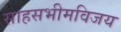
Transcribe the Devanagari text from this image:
साहसभीमविजय